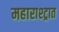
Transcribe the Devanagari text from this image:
महाराश्ट्रात